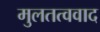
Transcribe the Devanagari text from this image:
मुलतत्ववाद